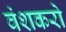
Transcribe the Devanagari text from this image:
वंशकरो